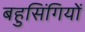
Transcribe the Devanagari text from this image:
बहुसिंगियों